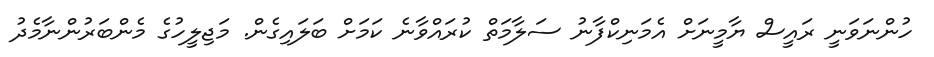
ހުންނަވަނީ ރައީސް ޔާމީނަށް އެމަނިކްފާނު ސަލާމަތް ކުރައްވާނެ ކަމަށް ބަލައިގެން. މަޖިލީހުގެ މެންބަރުންނާމެދު